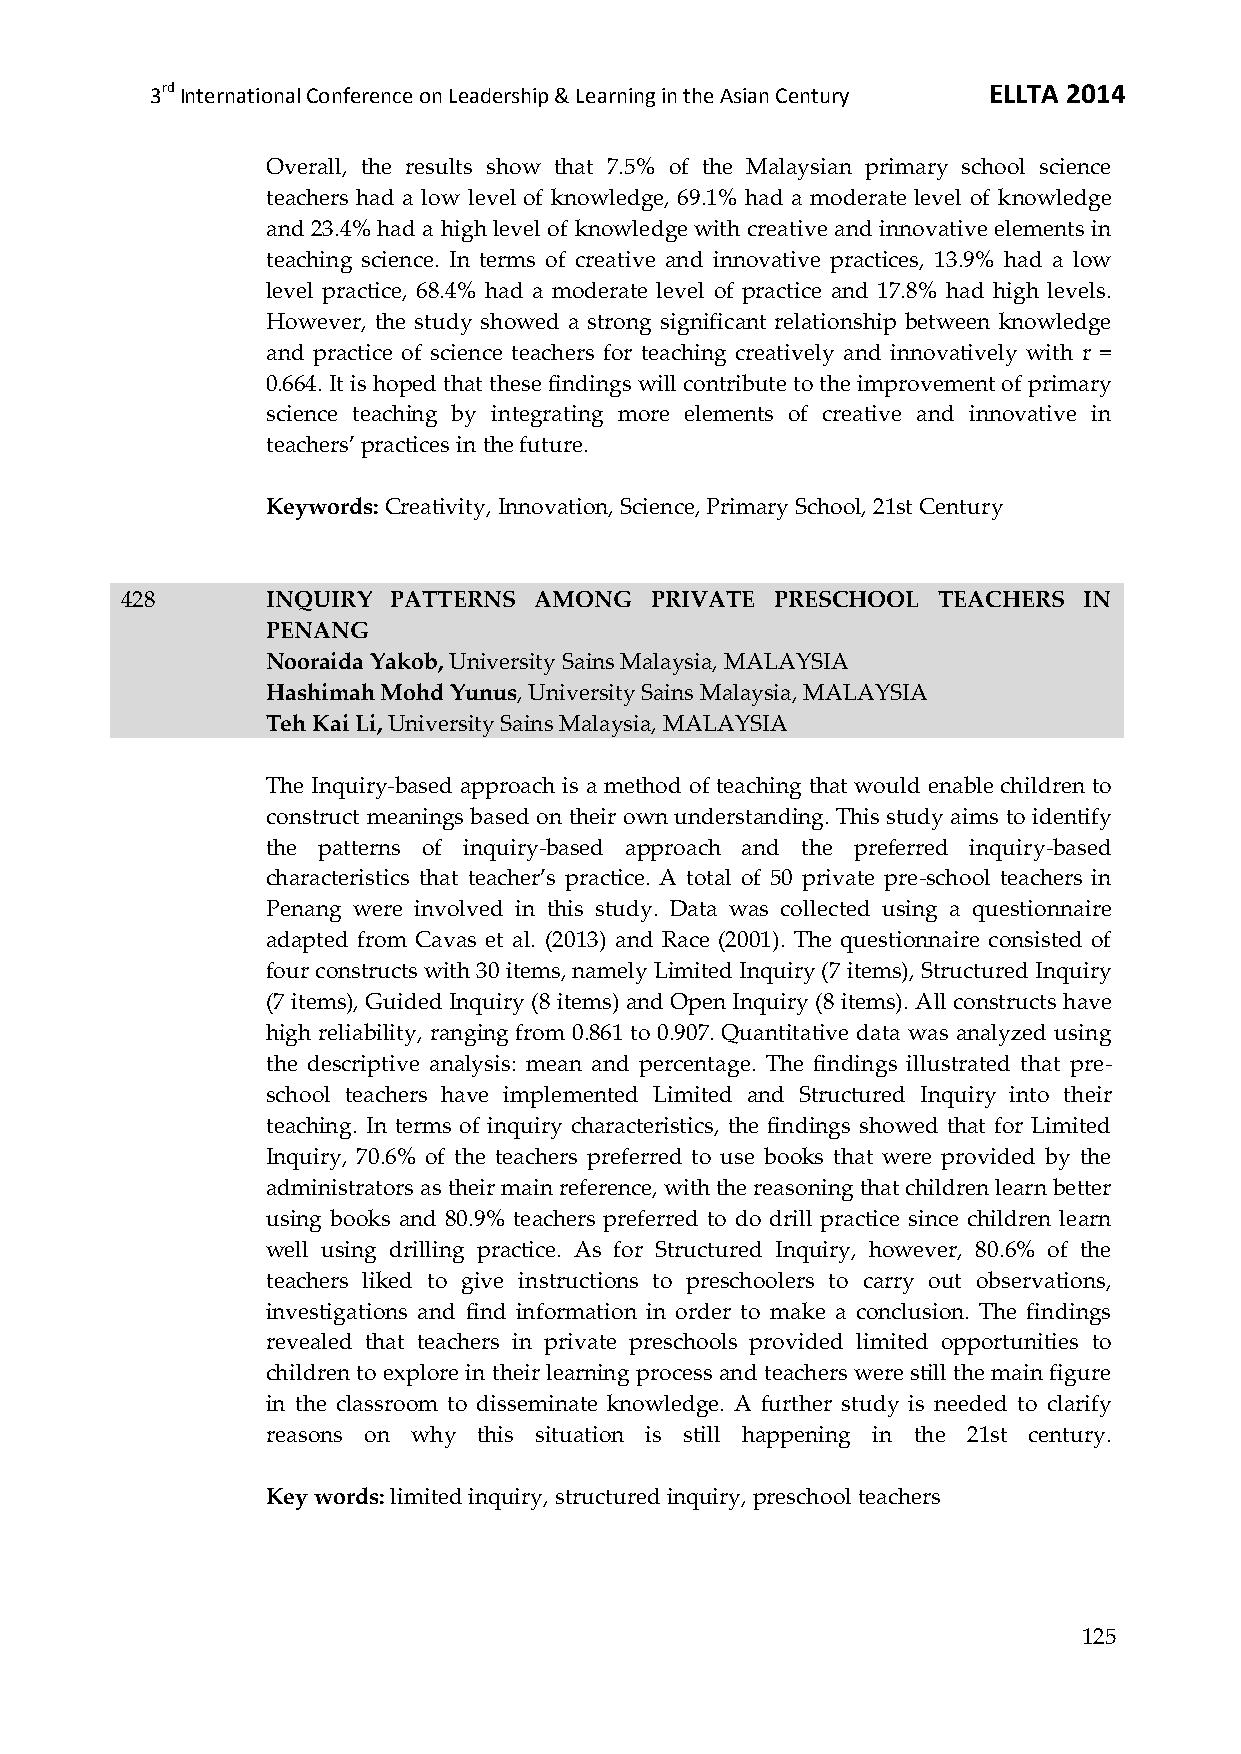
3rd International Conference on Leadership & Learning in the Asian Century ELLTA 2014
 Overall, the results show that 7.5% of the Malaysian primary school science
 teachers had a low level of knowledge, 69.1% had a moderate level of knowledge
 and 23.4% had a high level of knowledge with creative and innovative elements in
 teaching science. In terms of creative and innovative practices, 13.9% had a low
 level practice, 68.4% had a moderate level of practice and 17.8% had high levels.
 However, the study showed a strong significant relationship between knowledge
 and practice of science teachers for teaching creatively and innovatively with r =
 0.664. It is hoped that these findings will contribute to the improvement of primary
 science teaching by integrating more elements of creative and innovative in
 teachers’ practices in the future.
 Keywords: Creativity, Innovation, Science, Primary School, 21st Century
 428       INQUIRY PATTERNS AMONG   PRIVATE PRESCHOOL  TEACHERS  IN
 PENANG
 Nooraida Yakob, University Sains Malaysia, MALAYSIA
 Hashimah Mohd Yunus, University Sains Malaysia, MALAYSIA
 Teh Kai Li, University Sains Malaysia, MALAYSIA
 The Inquiry-based approach is a method of teaching that would enable children to
 construct meanings based on their own understanding. This study aims to identify
 the patterns of inquiry-based approach and the preferred inquiry-based
 characteristics that teacher’s practice. A total of 50 private pre-school teachers in
 Penang were involved in this study. Data was collected using a questionnaire
 adapted from Cavas et al. (2013) and Race (2001). The questionnaire consisted of
 four constructs with 30 items, namely Limited Inquiry (7 items), Structured Inquiry
 (7 items), Guided Inquiry (8 items) and Open Inquiry (8 items). All constructs have
 high reliability, ranging from 0.861 to 0.907. Quantitative data was analyzed using
 the descriptive analysis: mean and percentage. The findings illustrated that pre-
 school teachers have implemented Limited and Structured Inquiry into their
 teaching. In terms of inquiry characteristics, the findings showed that for Limited
 Inquiry, 70.6% of the teachers preferred to use books that were provided by the
 administrators as their main reference, with the reasoning that children learn better
 using books and 80.9% teachers preferred to do drill practice since children learn
 well using drilling practice. As for Structured Inquiry, however, 80.6% of the
 teachers liked to give instructions to preschoolers to carry out observations,
 investigations and find information in order to make a conclusion. The findings
 revealed that teachers in private preschools provided limited opportunities to
 children to explore in their learning process and teachers were still the main figure
 in the classroom to disseminate knowledge. A further study is needed to clarify
 reasons on why this situation is still happening in the 21st century.
 Key words: limited inquiry, structured inquiry, preschool teachers
 125